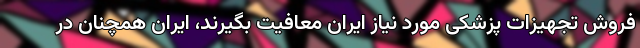
فروش تجهیزات پزشکی مورد نیاز ایران معافیت بگیرند، ایران همچنان در